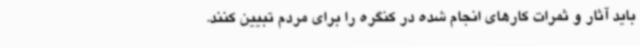
باید آثار و ثمرات کارهای انجام شده در کنگره را برای مردم تبیین کنند.